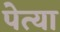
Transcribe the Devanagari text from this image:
पेत्या